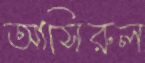
আসিরুল